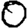
Digit: 0